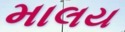
માલય